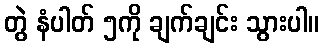
တွဲ နံပါတ် ၅ကို ချက်ချင်း သွားပါ။